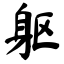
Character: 躯